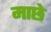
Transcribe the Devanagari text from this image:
माछे